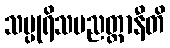
သပ္ပုရိသပညတ္တာနီတိ